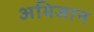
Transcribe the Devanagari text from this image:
अभिजान